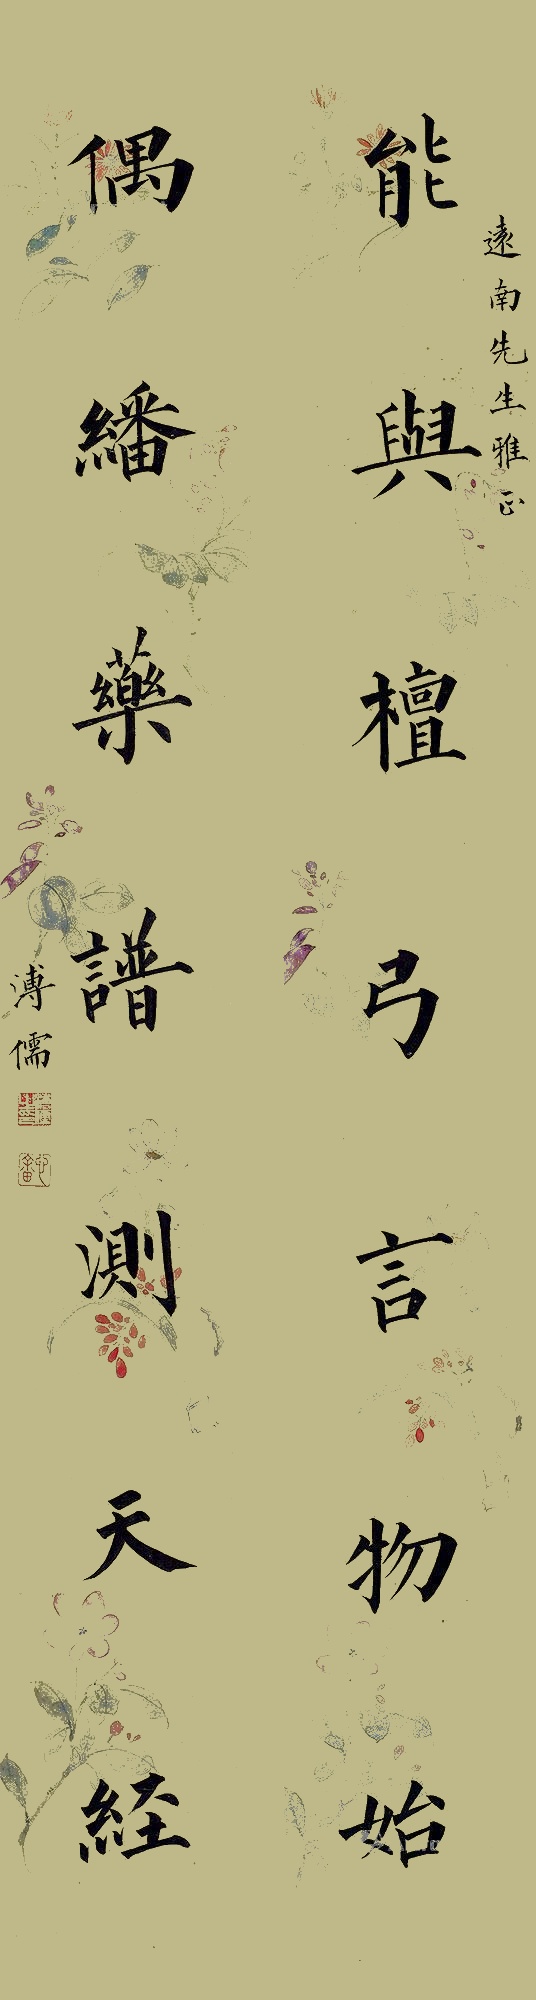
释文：能与檀弓言物始，偶繙药谱测天经。远南先生雅正，溥儒。